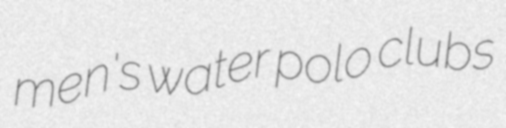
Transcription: men's water polo clubs